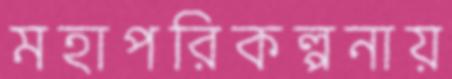
মহাপরিকল্পনায়